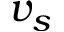
v _ { s }